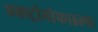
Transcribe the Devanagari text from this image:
एक्स्ट्रीमोफाइल्स